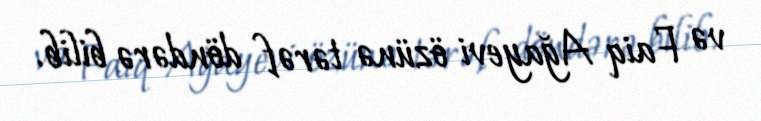
və Faiq Ağayevi özünə tərəf döndərə bilib.